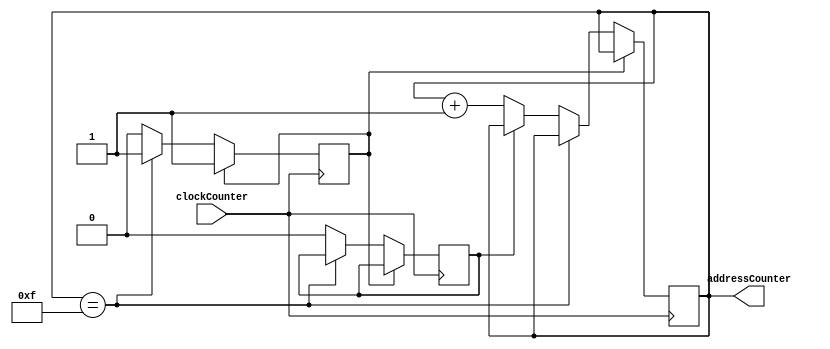
module Counter(clockCounter, addressCounter);
  input wire clockCounter;
  output reg [3:0] addressCounter;

  reg finishedCounter;
  reg firstStepCounter;

  initial begin
    addressCounter = 4'b0000;
    finishedCounter = 0;
    firstStepCounter = 1;
  end

  always @(negedge clockCounter) begin
    if(finishedCounter == 0) begin
      if(addressCounter == 4'b1111) begin
        finishedCounter <= 1;
      end
      else if(firstStepCounter == 1)begin
        firstStepCounter = 0;
      end
      else begin
        addressCounter <= (addressCounter + 4'b0001);
      end
    end
  end
endmodule